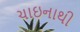
ચાઇનાથી